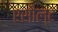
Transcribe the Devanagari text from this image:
एसौल्ट